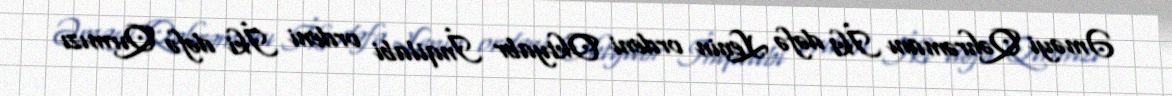
Əməyi Qəhrəmanı İki dəfə Lenin ordeni Oktyabr İnqilabi ordeni İki dəfə Qırmızı